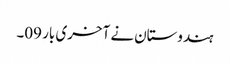
ہندوستان نے آخری بار 09۔